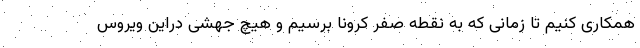
همکاری کنیم تا زمانی که به نقطه صفر کرونا برسیم و هیچ جهشی دراین ویروس